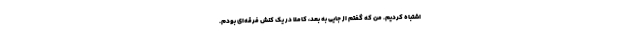
اشتباه کردیم. من که گفتم از جایی به بعد، کاملا در یک کنش فرقه‌ای بودم.